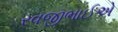
રવજીભાઈએ